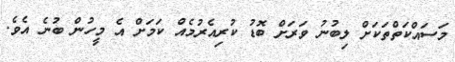
މަސައްކަތްތަަކަށް ލިބުނު ވަރަށް ބޮޑު ކުރިއެރުމެއް ކަމަށް އެ މީހުން ބުނެ އެވެ.